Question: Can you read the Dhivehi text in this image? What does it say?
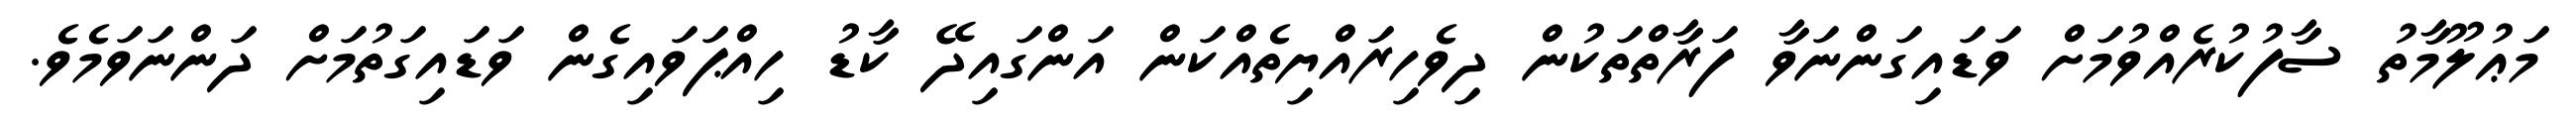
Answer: މަޢުލޫމާތު ސާފުކުރެއްވުމަށް ވަޑައިގަންނަވާ ފަރާތްތަކުން ދިވެހިރައްޔިތެއްކަން އަންގައިދޭ ކާޑު ހިއްޕަވައިގެން ވަޑައިގަތުމަށް ދަންނަވަމެވެ.